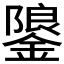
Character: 𮢳